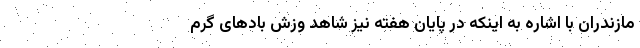
مازندران با اشاره به اینکه در پایان هفته نیز شاهد وزش بادهای گرم